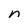
Character: n